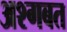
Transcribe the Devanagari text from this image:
अश्गबत